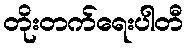
တိုးတက်ရေးပါတီ